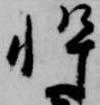
忰